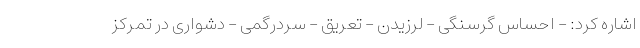
اشاره کرد: - احساس گرسنگی - لرزیدن - تعریق - سردرگمی - دشواری در تمرکز